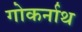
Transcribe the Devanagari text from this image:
गोकर्नाथ